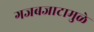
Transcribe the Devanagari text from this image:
गजबजाटामुळे